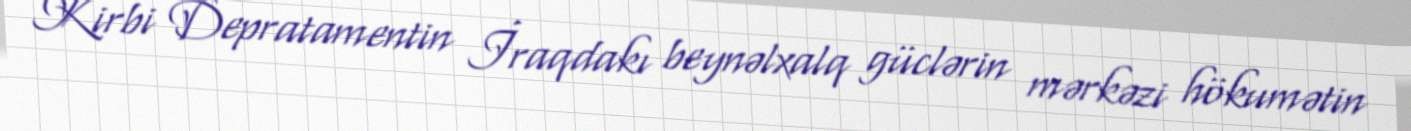
Kirbi Depratamentin İraqdakı beynəlxalq güclərin mərkəzi hökumətin